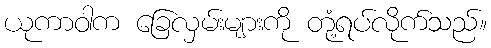
ယုကာဝါက ခြေလှမ်းများကို တုံ့ရပ်လိုက်သည်။